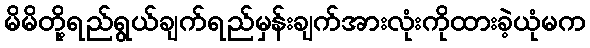
မိမိတို့ရည်ရွယ်ချက်ရည်မှန်းချက်အားလုံးကိုထားခဲ့ယုံမက